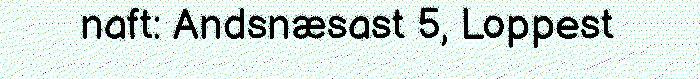
naft: Andsnæsast 5, Loppest